King Institute of Preventive Medicine Micro-Biological Section reports 1909-11
Year: 1909
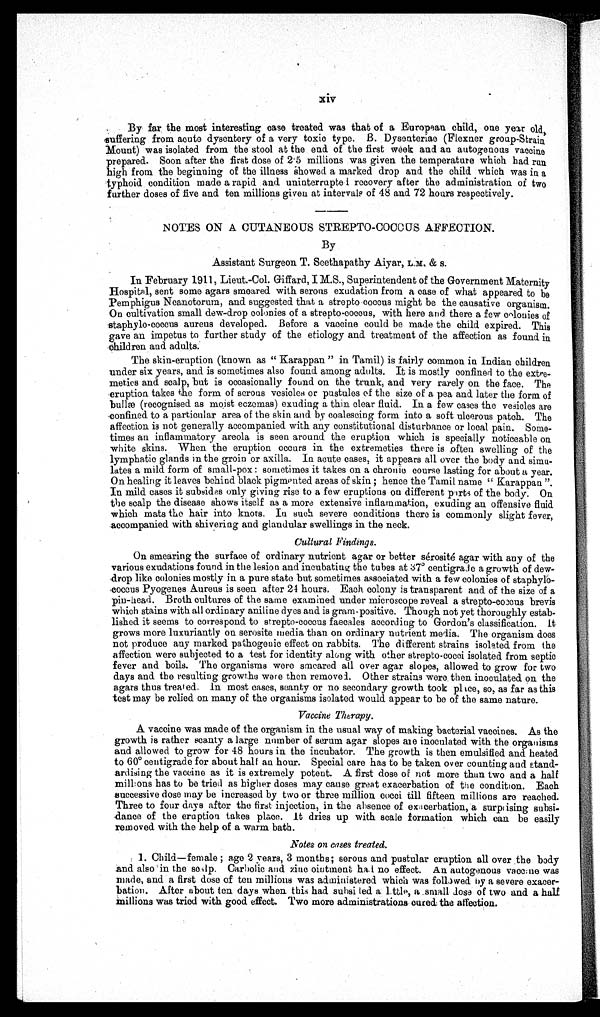
xiv
By far the most interesting case treated was that of a European child, one year old,
suffering from acute dysentery of a very toxic type. B. Dysenteriae (Flexure group-Strain
Mount) was isolated from the stool at the end. of the first week and an autogenous vaccine
prepared. Soon after the first dose of 2·5 millions was given the temperature which had run
high from the beginning of the illness showed a marked drop and the child which was in a
typhoid condition made a rapid and uninterrupte recovery after the administration of two
further doses of five and ten millions given at intervals of 48 and 72 hours respectively.
NOTES ON A CUTANEOUS STREPTO-COCCCS AFFECTION.
By
Assistant Surgeon T. Seethapathy Aiyar, L.M. & S.
In February 1911, Lieut.-Col. Giffard, I M.S., Superintendent of the Government Maternity
Respitel, sent some agars smeared with serous exudation from a case of what appeared to be
Pemphigus Neanotorutn, and suggested that, a strepto coccus might be the causative organism.
On cultivation small dew-drop colonies of a strepto-cocous, with here and there a few colonies of
staphylo-coccus aureus developed. Before a vaccine could be made the child expired. This
gave an impetus to further study of the etiology and treatment of the affection as found in
children and adults.
The skin-eruption (known as " Karappan " in Tamil) is fairly common in Indian children
under six years, and is sometimes also found among adults. It is mostly confined to the extre-
meties and scalp, but is occasionally found on the trunk, and very rarely on the face. The
eruption takes the form of serous vesicles or pustules of the size of a pea and later the form of
bullœ (recognised as moist eczema) exuding a thin clear fluid. In a few cases the vesicles are
confined to a particular area of the skin and by coalescing form into a soft ulcerous patch. The
affection is not generally accompanied with any constitutional disturbance or local pain. Some-
times an inflammatory areola is seen around the eruption which is specially noticeable on
white skins. When the eruption occurs in the extremeties there is often swelling of the
lymphatic glands in the groin or axilla. In acute cases, it appears all over the body and simu-
lates a mild form of small-pox : sometimes it takes on a chronic course lasting for about a year.
On healing it leaves behind black pigmented areas of skin ; hence the Tamil name " Karappan ".
In mild cases it subsides only giving rise to a few eruptions on different parts of the body. On
the scalp the disease shows itself as a more extensive inflammation, exuding an offensive fluid.
which mats the hair into knots. In such severe conditions there is commonly slight fever,
accompanied with shivering and glandular swellings in the neck.
Cultural Findings.
On smearing the surface of ordinary nutrient agar or better sérosité agar with any of the
various exudations found in the lesion and incubating the tubes at 37º centigrade a growth of dew-
drop like colonies mostly in a pure state but sometimes associated with a few colonies of
s t a p h y l o c o c c u s P y o g e n e s A u r e u s i s s e e n a f t e r 2 4 h o u r s . E a c h c o l o n y i s t r a n s p a r e n t a n d o f t h e s i z e o f a
pinhead. Broth cultures of the same examined under microscope reveal a strepto-coccus brevis
which stains with all ordinary aniline dyes and is gram-positive. Though not yet thoroughly estab-
lished it seems to correspond to streptococcus faecales according to Gordon's classification. It
grows more luxuriantly on. serosite media than on ordinary nutrient media. The organism does
not produce any marked pathogenic effect on rabbits. The different strains isolated from the
affection were subjected to a test for identity along with other strepto-cocci isolated from septic
fever and boils. The organisms were smeared all over agar slopes, allowed to grow for two
days and the resulting growth ß were then removed. Other strains were then inoculated on the
agars thus treat ed. In most cases, scanty or no secondary growth took pl tee, so, as far as this
test may be relied on many of the organisms isolated would appear to be of the same nature.
Vaccine Therapy.
A vaccine was made of the organism in the usual way of making bacterial vaccines. As the
growth is rather scanty a large number of serum agar slopes aie inoculated with the organisms
and allowed to grow for 48 hours in the incubator. The growth is then emulsified and heated.
to 60° centigrade for about half an hour. Special care has to be taken over counting and
E t a n d - a r d i s i n g t h e v a c c i n e a s i t i s e x t r e m e l y p o t e n t . A f i r s t d o s e o f n o t m o r e t h a n t w o a n d a h a l f
milt ons has to be tried as higher doses may cause great exacerbation of the condition. Each
successive dose may be increased by two or three million cocci till fifteen millions are reached.
Three to four days after the first injection, in the absence of exacerbation, a surprising subsi.
dance of the eruption takes place. It dries up with scale formation which can be easily
removed with the help of a warm bath.
Notes on cases treated.
1. Child—female ; age 2 years, 3 months; serous and pustular eruption all over the body
and also in the soilp. Carbolic and zinc ointment had no effect. An autogenous vaccine was
made, and a first dose of ten millions was administered which was followed by a severe
e x a c e r - b a t i o n . A f t e r a b o u t t e n d a y s w h e n t h i s h a d s u b s i d e d a L i t t l e , a s m a l l d o s e o f t w o a n d a h a l f
millions was tried with good effect. Two more administrations cured the affection.